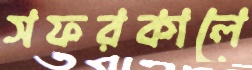
সফরকালে